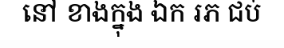
នៅ ខាងក្នុង ឯក រភ ជប់